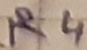
Text: R4